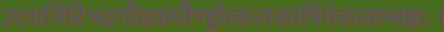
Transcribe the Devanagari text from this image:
उदयगिरिभद्रगौडकपौण्ड्रोत्कलकाषिमेकलाम्बष्ठाः।